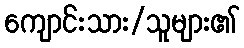
ကျောင်းသား/သူများ၏